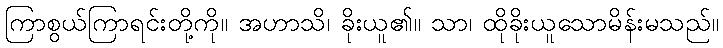
ကြာစွယ်ကြာရင်းတို့ကို။ အဟာသိ၊ ခိုးယူ၏။ သာ၊ ထိုခိုးယူသောမိန်းမသည်။